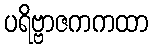
ပရိဗ္ဗာဇကကထာ